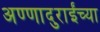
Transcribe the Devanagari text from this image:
अण्णादुराईंच्या